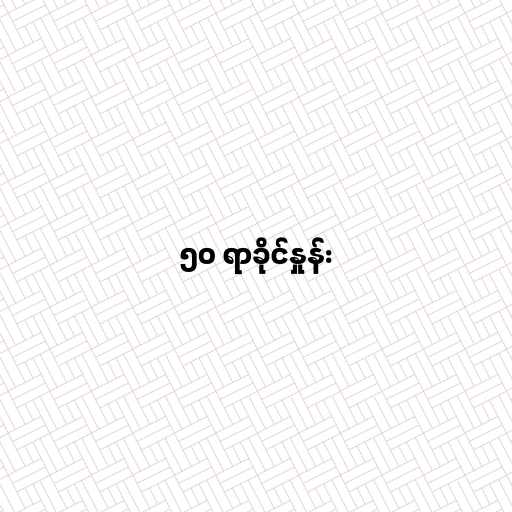
၅၀ ရာခိုင်နှုန်း